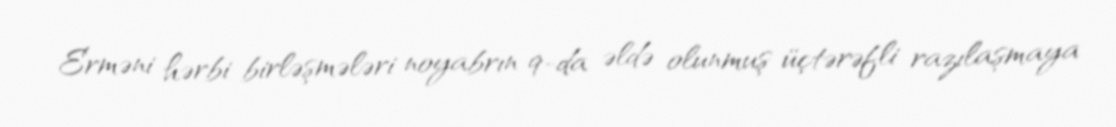
Erməni hərbi birləşmələri noyabrın 9-da əldə olunmuş üçtərəfli razılaşmaya